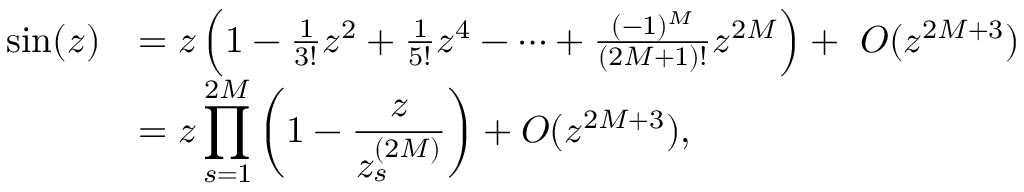
\begin{array} { r l } { \sin ( z ) } & { = z \left( 1 - \frac { 1 } { 3 ! } z ^ { 2 } + \frac { 1 } { 5 ! } z ^ { 4 } - \cdots + \frac { ( - 1 ) ^ { M } } { ( 2 M + 1 ) ! } z ^ { 2 M } \right) + ~ { \cal O } ( z ^ { 2 M + 3 } ) } \\ & { \displaystyle = z \prod _ { s = 1 } ^ { 2 M } \left( 1 - \frac { z } { z _ { s } ^ { ( 2 M ) } } \right) + { \cal O } ( z ^ { 2 M + 3 } ) , } \end{array}